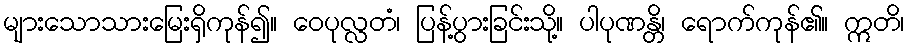
များသောသားမြေးရှိကုန်၍။ ဝေပုလ္လတံ၊ ပြန့်ပွားခြင်းသို့။ ပါပုဏန္တိ၊ ရောက်ကုန်၏။ ဣတိ၊